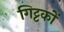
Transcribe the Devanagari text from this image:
गिट्टकों